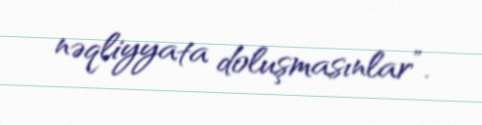
nəqliyyata doluşmasınlar”.